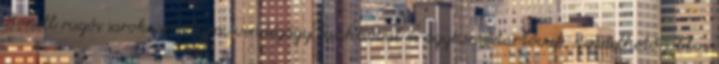
Bonell rugós sarokgarnitúra, vendégágy funkcióval és ágyneműtartóval. Rendelhető jobbos